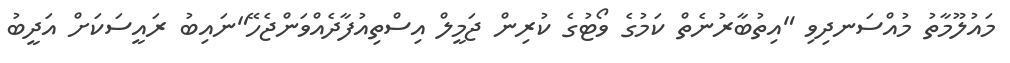
މައުލޫމާތު މުއްސަނދިވި "އިތުބާރުނެތް ކަމުގެ ވޯޓުގެ ކުރިން ޖަމީލް އިސްތިއުފާދެއްވަންޖެހޭ"ނައިބު ރައީސަކަށް އަދީބު